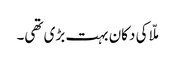
ملّا کی دکان بہت بڑی تھی۔